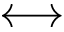
\longleftrightarrow